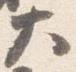
大